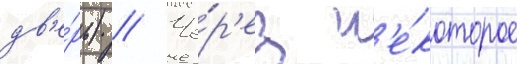
дв'е́рь) // Че́р'ез н'е́которое